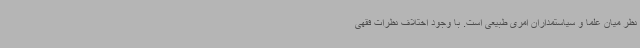
نظر میان علما و سیاستمداران امری طبیعی است. با وجود اختلاف نظرات فقهی